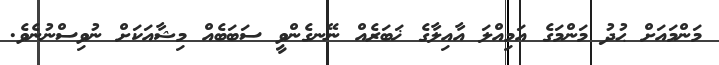
މަންމައަށް ޙުދު މަންމަގެ އަމިއްލަ އާއިލާގެ ޚަބަރެއް ނޭނގެންވީ ސަބަބެއް މިޝާއަކަށް ނުވިސްނުނެވެ.